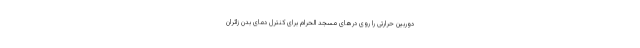
دوربین حرارتی را روی درهای مسجد الحرام برای کنترل دمای بدن زائران